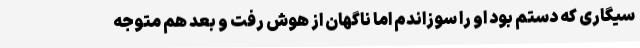
سیگاری که دستم بود او را سوزاندم اما ناگهان از هوش رفت و بعد هم متوجه